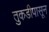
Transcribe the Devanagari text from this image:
तुकडीपासून